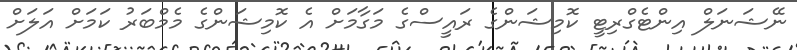
ނޭޝަނަލް އިންޓެގްރިޓީ ކޮމިޝަންގެ ރައީސްގެ މަގާމަށް އެ ކޮމިޝަންގެ މެމްބަރު ކަމަށް އަލަށް